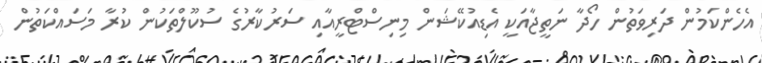
އެހެންކަމުން ދަރިވަތުން ހޯދާ ނަތީޖާއަކީ އެޑިއުކޭޝަން މިނިސްޓްރީއާއި ސަރުކާރުގެ ސުކޫލްތަކުން ކުރާ މަސައްކަތުން